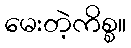
မေးတဲ့ကိစ္စ။